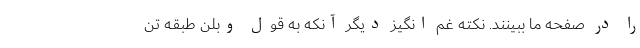
را در صفحه ما ببینند. نکته غم انگیز دیگر آنکه به قول وبلن طبقه تن